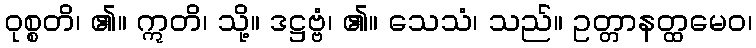
ဝုစ္စတိ၊ ၏။ ဣတိ၊ သို့။ ဒဋ္ဌဗ္ဗံ၊ ၏။ သေသံ၊ သည်။ ဥတ္တာနတ္ထမေဝ၊